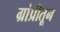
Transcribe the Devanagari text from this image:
ग्रांप्रीतून